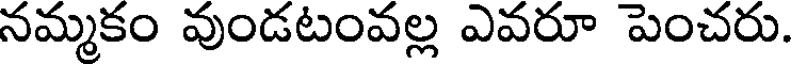
నమ్మకం వుండటంవల్ల ఎవరూ పెంచరు.